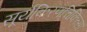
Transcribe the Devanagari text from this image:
सूर्यकिरणचिकित्सा